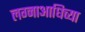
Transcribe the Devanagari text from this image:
लग्नाआधिच्या